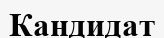
Кандидат